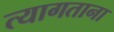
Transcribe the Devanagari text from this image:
त्यागताना